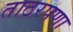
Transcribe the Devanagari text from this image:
ताठरपणा